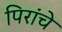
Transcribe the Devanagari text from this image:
पिरांचे